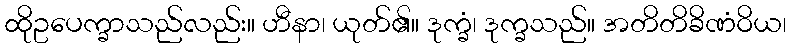
ထိုဥပေက္ခာသည်လည်း။ ဟီနာ၊ ယုတ်၏။ ဒုက္ခံ၊ ဒုက္ခသည်။ အတိတိခိဏံဝိယ၊